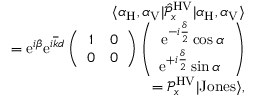
\begin{array} { r l r } & { } & { \langle \alpha _ { \mathrm { H } } , \alpha _ { \mathrm { V } } | \hat { \mathcal P } _ { x } ^ { \mathrm { H V } } | \alpha _ { \mathrm { H } } , \alpha _ { \mathrm { V } } \rangle } \\ & { } & { = \mathrm { e } ^ { i \beta } \mathrm { e } ^ { i \overline { { k } } d } \left( \begin{array} { c c } { 1 } & { 0 } \\ { 0 } & { 0 } \end{array} \right) \left( \begin{array} { c } { \mathrm { e } ^ { - i \frac { \delta } { 2 } } \cos \alpha } \\ { \mathrm { e } ^ { + i \frac { \delta } { 2 } } \sin \alpha \ } \end{array} \right) } \\ & { } & { = { \mathcal P } _ { x } ^ { \mathrm { H V } } | \mathrm { J o n e s } \rangle , } \end{array}